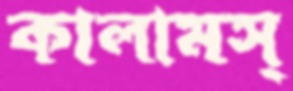
কালামস্